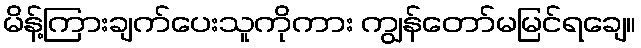
မိန့်ကြားချက်ပေးသူကိုကား ကျွန်တော်မမြင်ရချေ။